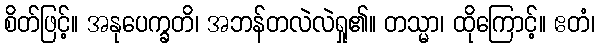
စိတ်ဖြင့်။ အနုပေက္ခတိ၊ အဘန်တလဲလဲရှု၏။ တသ္မာ၊ ထိုကြောင့်။ ဧတံ၊